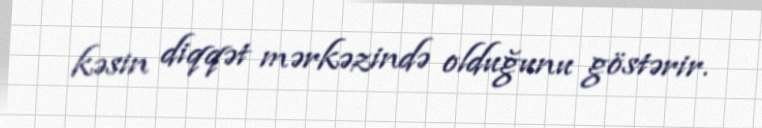
kəsin diqqət mərkəzində olduğunu göstərir.